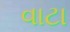
વાટા